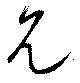
見